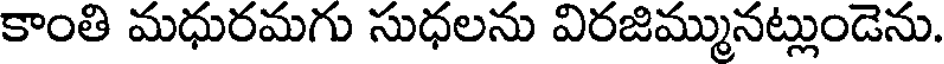
కాంతి మధురమగు సుధలను విరజిమ్మునట్లుండెను.